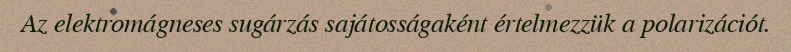
Az elektromágneses sugárzás sajátosságaként értelmezzük a polarizációt.